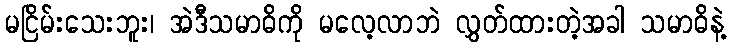
မငြိမ်းသေးဘူး၊ အဲဒီသမာဓိကို မလေ့လာဘဲ လွှတ်ထားတဲ့အခါ သမာဓိနဲ့